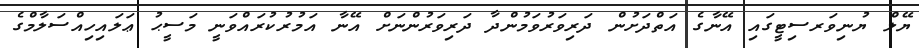
ޔޭލް ޔުނިވަރސިޓީގައި އޭނާގެ އަތްދަށުން ދަރިވަރުވަމުންދާ ދަރިވަރުންނަށް އޭނާ އަމުރުކުރައްވަނީ މަސީޙު ޢަލައިހިއްސަލާމްގެ